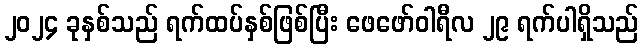
၂၀၂၄ ခုနှစ်သည် ရက်ထပ်နှစ်ဖြစ်ပြီး ဖေဖော်ဝါရီလ ၂၉ ရက်ပါရှိသည်